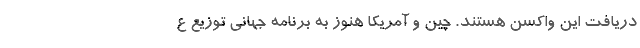
دریافت این واکسن هستند. چین و آمریکا هنوز به برنامه جهانی توزیع ع